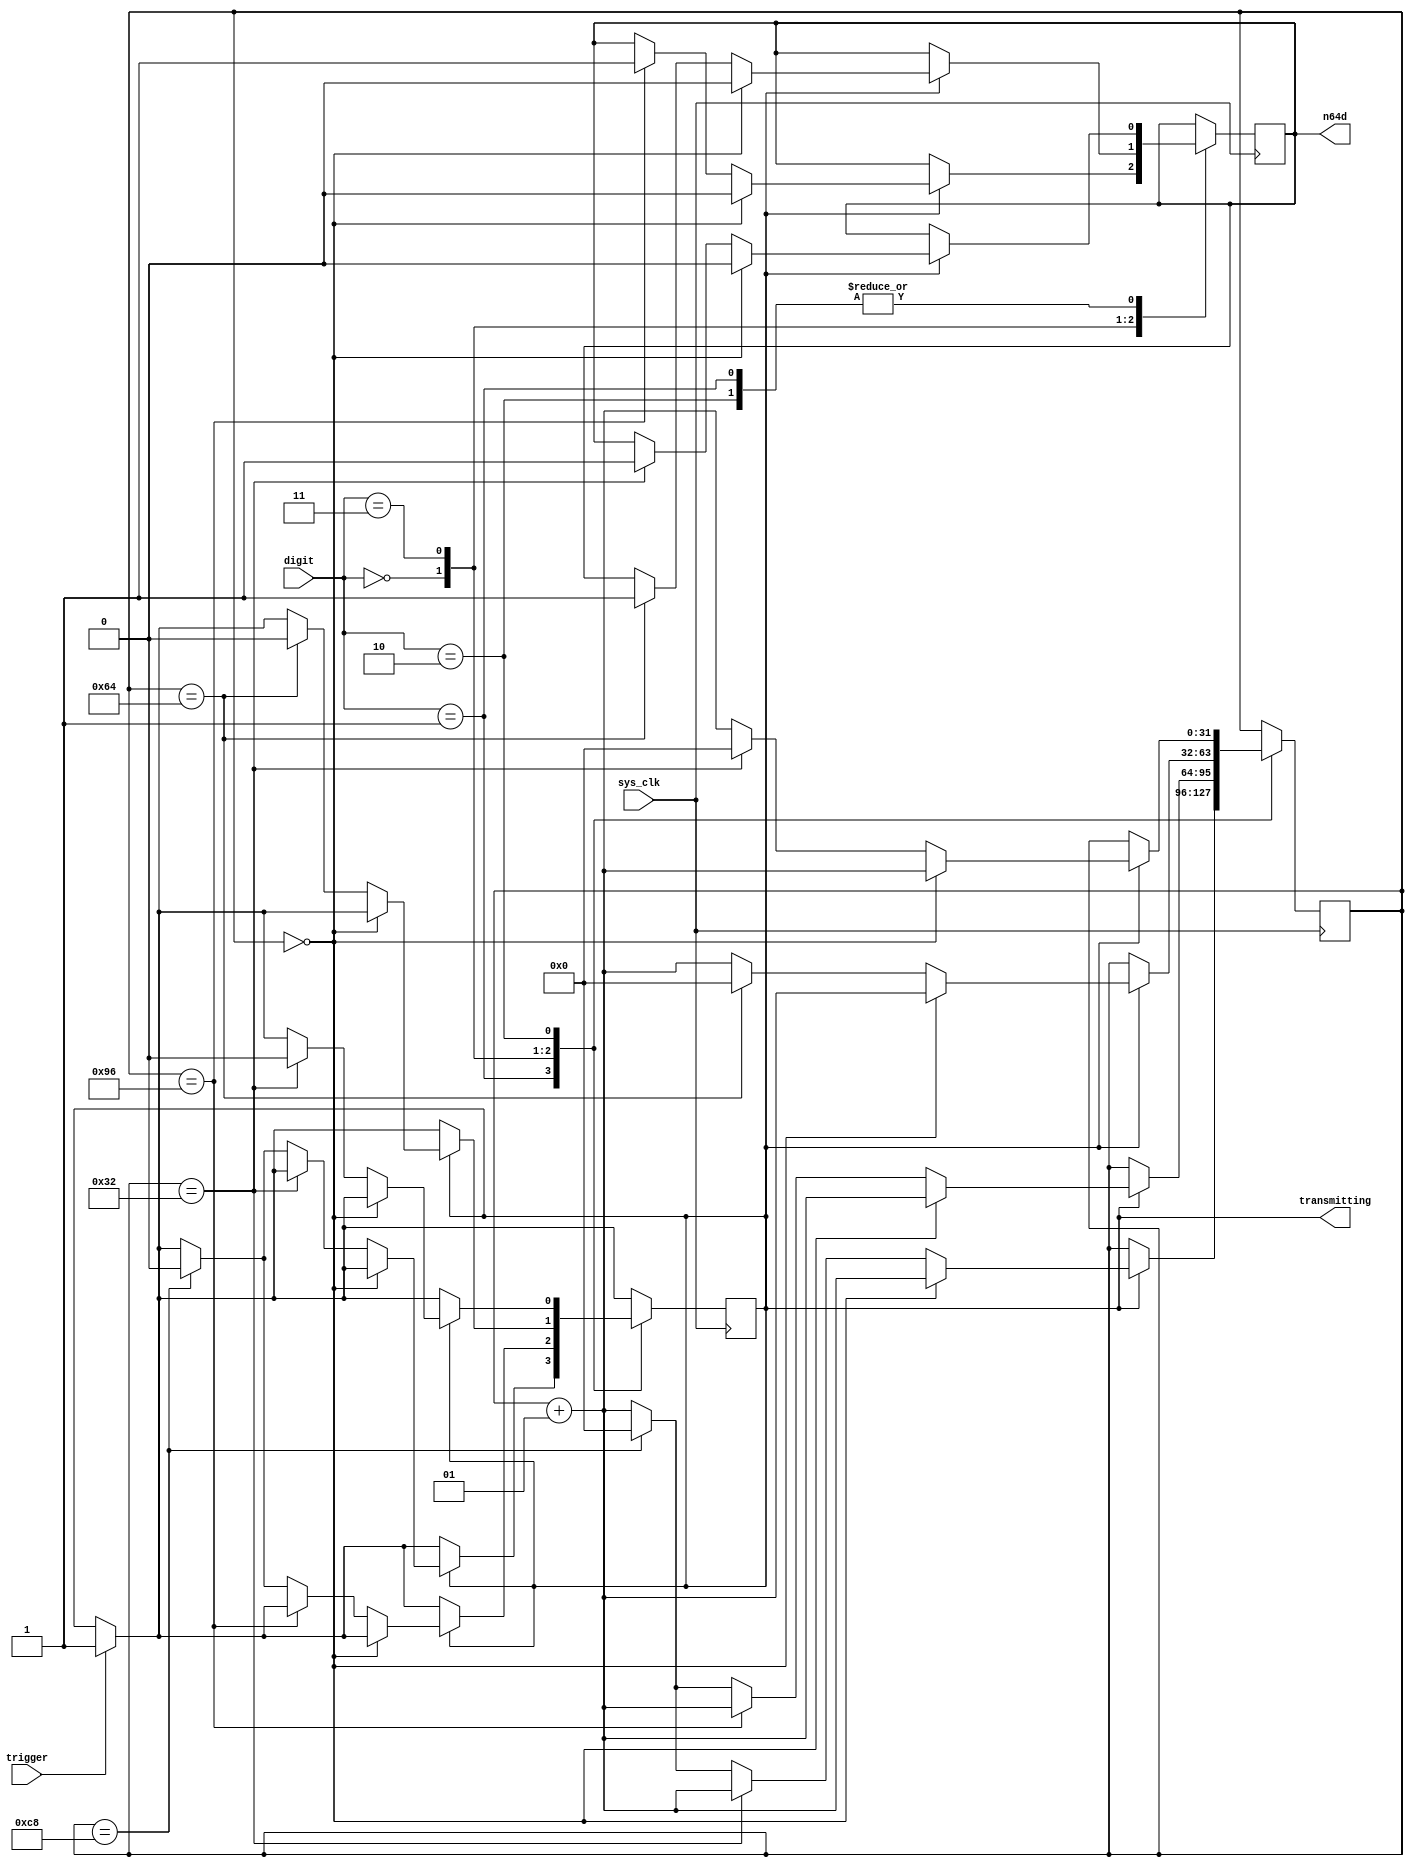
// Ownasaurus
// Designed to turn an input signal into a pulse that fits the N64/GC protocol
// Assumes 50MHz sys_clk

module n64_transmit_bit(
	input sys_clk,
	input trigger,
	input[1:0] digit,
	output reg n64d,
	output reg transmitting
);

integer clk_cnt;

localparam one_us = 50;
localparam two_us = 100;
localparam three_us = 150;
localparam four_us = 200;

initial begin
	n64d = 1'b1;
	transmitting = 1'b0;
	clk_cnt = 0;
end

always @(posedge sys_clk) begin
    if(trigger) begin
        transmitting <= 1'b1;
    end

	case(digit)
		2'b01: // send a 1
			// low for 1 us, then high for 3 us
			if(transmitting) begin
				if(clk_cnt == 0) begin
					n64d <= 1'b0;
					clk_cnt <= clk_cnt + 1;
				end else if(clk_cnt == one_us) begin
					n64d <= 1'b1;
					clk_cnt <= clk_cnt + 1;
				end else if(clk_cnt == four_us) begin
					transmitting <= 1'b0;
					clk_cnt <= 0;
				end else clk_cnt <= clk_cnt + 1;
			end
		2'b00: // send a 0
			// low for 3 us, then high for 1 us
			if(transmitting) begin
				if(clk_cnt == 0) begin
					n64d <= 1'b0;
					clk_cnt <= clk_cnt + 1;
				end else if(clk_cnt == three_us) begin
					n64d <= 1'b1;
					clk_cnt <= clk_cnt + 1;
				end else if(clk_cnt == four_us) begin
					transmitting <= 1'b0;
					clk_cnt <= 0;
				end else clk_cnt <= clk_cnt + 1;
			end
		2'b11: // send a controller STOP bit
			// low for 1 us, then remain high
			if(transmitting) begin
				if(clk_cnt == 0) begin
					n64d <= 1'b0;
					clk_cnt <= clk_cnt + 1;
				end else if(clk_cnt == two_us) begin
					n64d <= 1'b1;
					transmitting <= 1'b0;
					clk_cnt <= 0;
				end else clk_cnt <= clk_cnt + 1;
			end
		2'b10: // send a console STOP bit
			// low for 1 us, then remain high
			if(transmitting) begin
				if(clk_cnt == 0) begin
					n64d <= 1'b0;
					clk_cnt <= clk_cnt + 1;
				end else if(clk_cnt == one_us) begin
					n64d <= 1'b1;
					transmitting <= 1'b0;
					clk_cnt <= 0;
				end else clk_cnt <= clk_cnt + 1;
			end
	endcase
end

endmodule